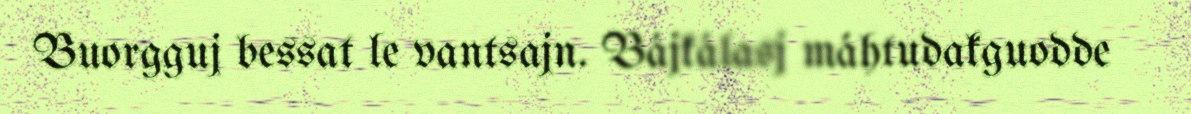
Buorgguj bessat le vantsajn. Bájkálasj máhtudakguodde